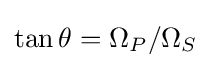
\tan \theta =\Omega _{P}/\Omega _{S}